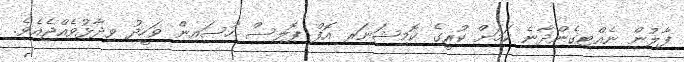
ފާލުން ނެއްޓިގެންދާނެ ކަމަށް ކުރީގެ ކޮމިޝަނަރ އޮފް ޕޮލިސް ހުސައިން ވަހީދު ވިދާޅުވެއްޖެއެވެ.